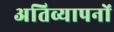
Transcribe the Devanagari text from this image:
अतिव्यापनों